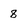
Character: 8